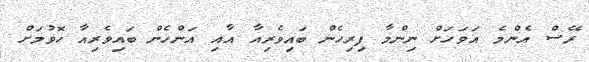
ރޭސް އެންމެ އަވަހަށް ނިންމާ ފިރިހެން ބައިވެރިއާ އާއި އަންހެން ބައިވެރިއާ ހޮވުމަށް